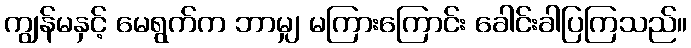
ကျွန်မနှင့် မေရွက်က ဘာမျှ မကြားကြောင်း ခေါင်းခါပြကြသည်။